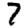
Digit: 7